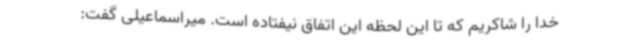
خدا را شاکریم که تا این لحظه این اتفاق نیفتاده است. میراسماعیلی گفت: